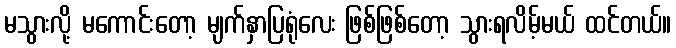
မသွားလို့ မကောင်းတော့ မျက်နှာပြရုံလေး ဖြစ်ဖြစ်တော့ သွားရလိမ့်မယ် ထင်တယ်။